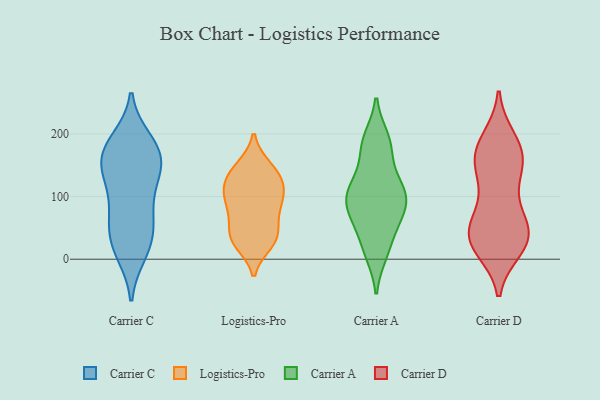
{"axis": {"x": "Tickets Resolved", "y": "Value"}, "legend": ["Carrier A", "Carrier C", "Carrier D", "Logistics-Pro"], "data": [{"x": "", "y": 183, "type": "Carrier C"}, {"x": "", "y": 171, "type": "Carrier C"}, {"x": "", "y": 21, "type": "Carrier C"}, {"x": "", "y": 16, "type": "Carrier C"}, {"x": "", "y": 57, "type": "Carrier C"}, {"x": "", "y": 101, "type": "Carrier C"}, {"x": "", "y": 189, "type": "Carrier C"}, {"x": "", "y": 85, "type": "Carrier C"}, {"x": "", "y": 145, "type": "Carrier C"}, {"x": "", "y": 146, "type": "Carrier C"}, {"x": "", "y": 47, "type": "Carrier C"}, {"x": "", "y": 166, "type": "Carrier C"}, {"x": "", "y": 10, "type": "Carrier C"}, {"x": "", "y": 176, "type": "Carrier C"}, {"x": "", "y": 131, "type": "Carrier C"}, {"x": "", "y": 58, "type": "Carrier C"}, {"x": "", "y": 140, "type": "Carrier C"}, {"x": "", "y": 26, "type": "Logistics-Pro"}, {"x": "", "y": 94, "type": "Logistics-Pro"}, {"x": "", "y": 34, "type": "Logistics-Pro"}, {"x": "", "y": 71, "type": "Logistics-Pro"}, {"x": "", "y": 138, "type": "Logistics-Pro"}, {"x": "", "y": 145, "type": "Logistics-Pro"}, {"x": "", "y": 114, "type": "Logistics-Pro"}, {"x": "", "y": 37, "type": "Logistics-Pro"}, {"x": "", "y": 30, "type": "Logistics-Pro"}, {"x": "", "y": 110, "type": "Logistics-Pro"}, {"x": "", "y": 147, "type": "Logistics-Pro"}, {"x": "", "y": 112, "type": "Logistics-Pro"}, {"x": "", "y": 39, "type": "Logistics-Pro"}, {"x": "", "y": 83, "type": "Logistics-Pro"}, {"x": "", "y": 125, "type": "Logistics-Pro"}, {"x": "", "y": 80, "type": "Logistics-Pro"}, {"x": "", "y": 104, "type": "Carrier A"}, {"x": "", "y": 170, "type": "Carrier A"}, {"x": "", "y": 76, "type": "Carrier A"}, {"x": "", "y": 192, "type": "Carrier A"}, {"x": "", "y": 67, "type": "Carrier A"}, {"x": "", "y": 93, "type": "Carrier A"}, {"x": "", "y": 116, "type": "Carrier A"}, {"x": "", "y": 10, "type": "Carrier A"}, {"x": "", "y": 19, "type": "Carrier A"}, {"x": "", "y": 185, "type": "Carrier A"}, {"x": "", "y": 57, "type": "Carrier A"}, {"x": "", "y": 102, "type": "Carrier A"}, {"x": "", "y": 121, "type": "Carrier A"}, {"x": "", "y": 18, "type": "Carrier D"}, {"x": "", "y": 180, "type": "Carrier D"}, {"x": "", "y": 80, "type": "Carrier D"}, {"x": "", "y": 31, "type": "Carrier D"}, {"x": "", "y": 35, "type": "Carrier D"}, {"x": "", "y": 125, "type": "Carrier D"}, {"x": "", "y": 191, "type": "Carrier D"}, {"x": "", "y": 147, "type": "Carrier D"}, {"x": "", "y": 172, "type": "Carrier D"}, {"x": "", "y": 148, "type": "Carrier D"}, {"x": "", "y": 44, "type": "Carrier D"}, {"x": "", "y": 75, "type": "Carrier D"}, {"x": "", "y": 35, "type": "Carrier D"}, {"x": "", "y": 29, "type": "Carrier D"}, {"x": "", "y": 24, "type": "Carrier D"}, {"x": "", "y": 153, "type": "Carrier D"}, {"x": "", "y": 176, "type": "Carrier D"}, {"x": "", "y": 50, "type": "Carrier D"}]}